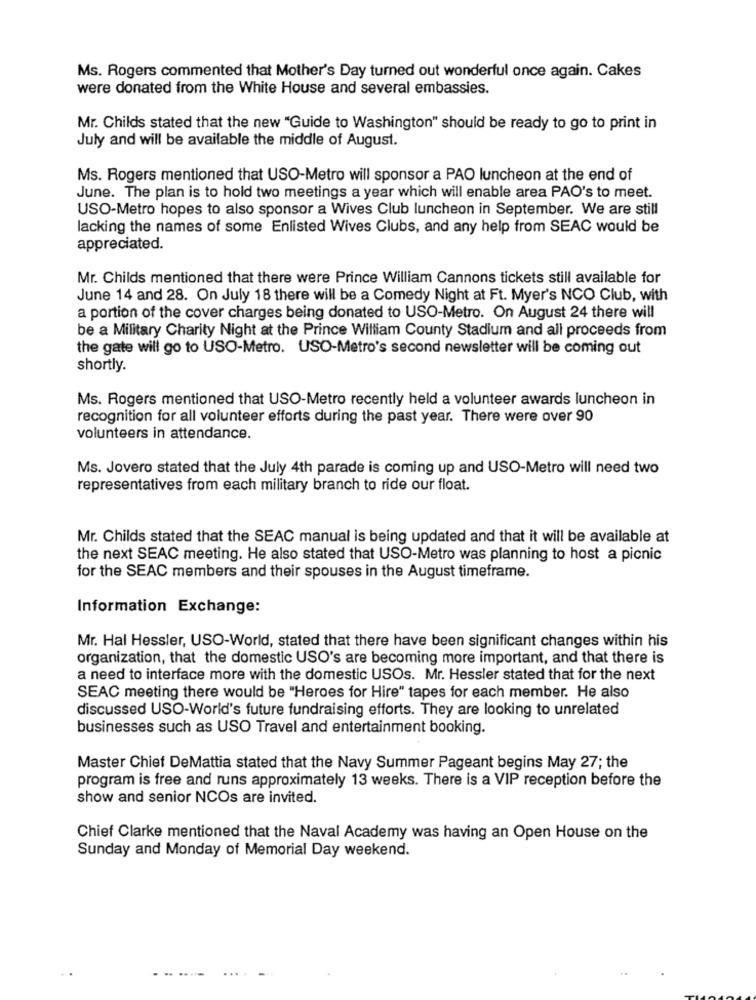
Ms. Rogers commented that Mother's Day turned out wonderful once again. Cakes
were donated from the White House and several embassies.
Mr. Childs stated that the new "Guide to Washington" should be ready to go to print in
July and will be available the middle of August.
Ms. Rogers mentioned that USO-Metro will sponsor a PAO luncheon at the end of
June. The plan is to hold two meetings a year which will enable area PAO's to meet.
USO-Metro hopes to also sponsor a Wives Club luncheon in September. We are still
lacking the names of some Enlisted Wives Clubs, and any help from SEAC would be
appreciated.
Mr. Childs mentioned that there were Prince William Cannons tickets still available for
June 14 and 28. On July 18 there will be a Comedy Night at Ft. Myer's NCO Club, with
a portion of the cover charges being donated to USO-Metro. On August 24 there will
be a Military Charity Night at the Prince William County Stadium and all proceeds from
the gate will go to USO-Metro. USO-Metro's second newsletter will be coming out
shortly.
Ms. Rogers mentioned that USO-Metro recently held a volunteer awards luncheon in
recognition for all volunteer efforts during the past year. There were over 90
volunteers in attendance.
Ms. Jovero stated that the July 4th parade is coming up and USO-Metro will need two
representatives from each military branch to ride our float.
Mr. Childs stated that the SEAC manual is being updated and that it will be available at
the next SEAC meeting. He also stated that USO-Metro was planning to host a picnic
for the SEAC members and their spouses in the August timeframe.
Information Exchange:
Mr. Hal Hessler, USO-World, stated that there have been significant changes within his
organization, that the domestic USO's are becoming more important, and that there is
a need to interface more with the domestic USOs. Mr. Hessler stated that for the next
SEAC meeting there would be "Heroes for Hire" tapes for each member. He also
discussed USO-World's future fundraising efforts. They are looking to unrelated
businesses such as USO Travel and entertainment booking.
Master Chief DeMattia stated that the Navy Summer Pageant begins May 27; the
program is free and runs approximately 13 weeks. There is a VIP reception before the
show and senior NCOs are invited.
Chief Clarke mentioned that the Naval Academy was having an Open House on the
Sunday and Monday of Memorial Day weekend.